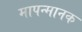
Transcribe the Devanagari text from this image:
मापन्मानक